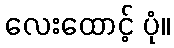
လေးထောင့် ပုံ။